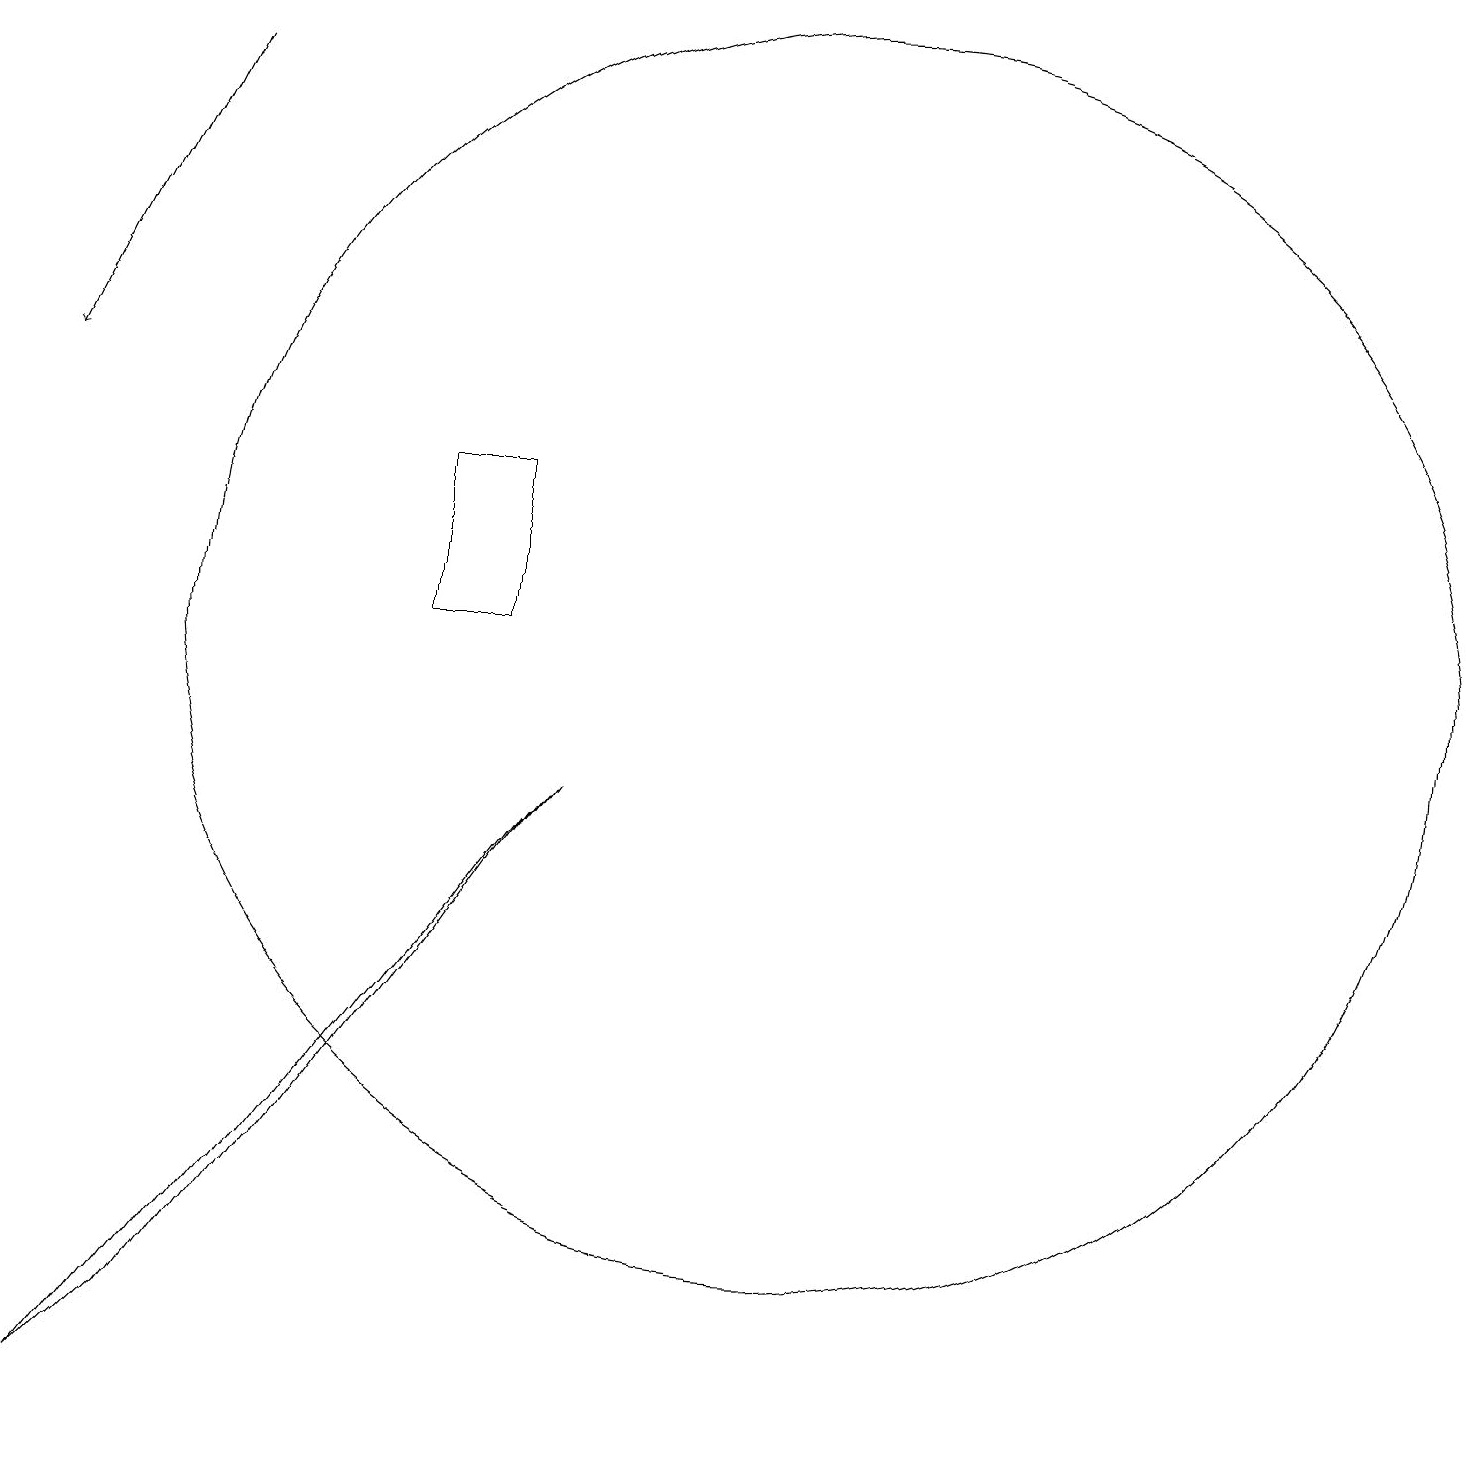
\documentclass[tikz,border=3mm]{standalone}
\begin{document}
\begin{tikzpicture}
\draw (12,10) circle (8);
\draw (7,12) rectangle (8,10);
\draw[->] (4,17) -- (2,13);
\draw (3,0) -- (9,8) -- (4,1) -- cycle;
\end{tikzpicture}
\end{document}